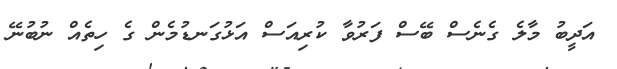
އަދީބު މާލެ ގެނެސް ބޭސް ފަރުވާ ކުރިއަސް އަޅުގަނޑުމެން ގެ ހިތެއްް ނުބުނޭ